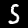
Digit: 5